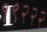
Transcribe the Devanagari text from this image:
१९२२२